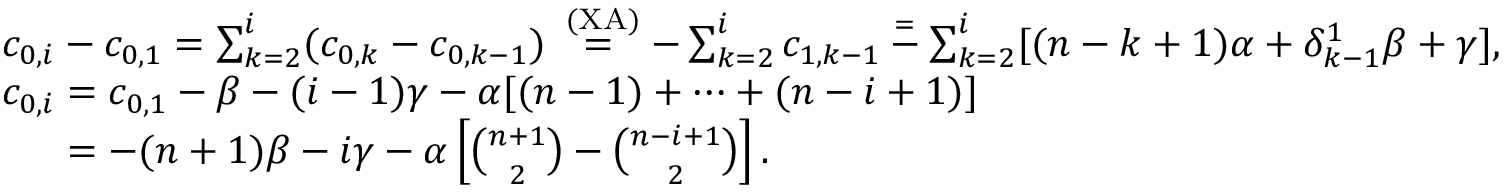
\begin{array} { r l } & { c _ { 0 , i } - c _ { 0 , 1 } = \sum _ { k = 2 } ^ { i } ( c _ { 0 , k } - c _ { 0 , k - 1 } ) \overset { \mathrm { \tiny ~ ( X A ) } } { = } - \sum _ { k = 2 } ^ { i } c _ { 1 , k - 1 } \overset { = } - \sum _ { k = 2 } ^ { i } [ ( n - k + 1 ) \alpha + \delta _ { k - 1 } ^ { 1 } \beta + \gamma ] , } \\ & { c _ { 0 , i } = c _ { 0 , 1 } - \beta - ( i - 1 ) \gamma - \alpha [ ( n - 1 ) + \dots + ( n - i + 1 ) ] } \\ & { \hphantom { c _ { 0 , i } } = - ( n + 1 ) \beta - i \gamma - \alpha \left[ \binom { n + 1 } { 2 } - \binom { n - i + 1 } { 2 } \right] . } \end{array}